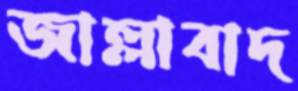
জাল্লাবাদ